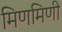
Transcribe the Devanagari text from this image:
मिणमिणी